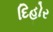
દિહોર